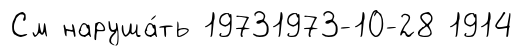
См наруша́ть 19731973-10-28 1914